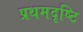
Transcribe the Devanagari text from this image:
प्रथमदृष्टि